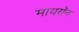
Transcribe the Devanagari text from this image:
मायरॉन